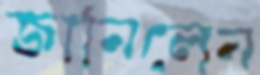
জানিলেন